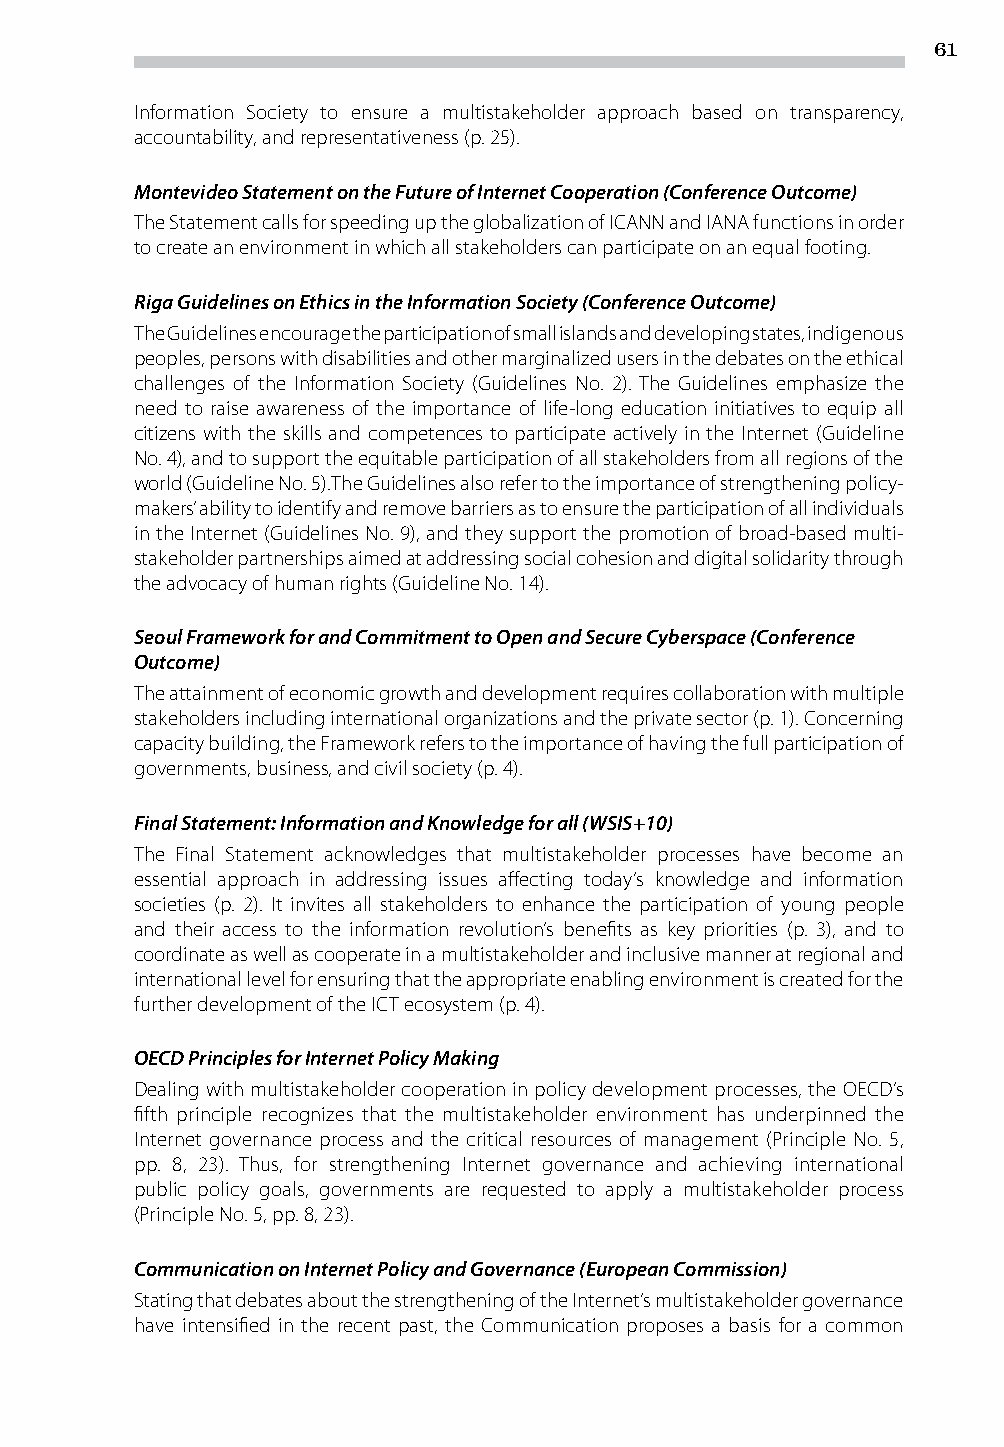
61
 Information Society to ensure a multistakeholder approach based on transparency,
 accountability, and representativeness (p. 25).
 Montevideo Statement on the Future of Internet Cooperation (Conference Outcome)
 The Statement calls for speeding up the globalization of ICANN and IANA functions in order
 to create an environment in which all stakeholders can participate on an equal footing.
 Riga Guidelines on Ethics in the Information Society (Conference Outcome)
 The Guidelines encourage the participation of small islands and developing states, indigenous
 peoples, persons with disabilities and other marginalized users in the debates on the ethical
 challenges of the Information Society (Guidelines No. 2). The Guidelines emphasize the
 need to raise awareness of the importance of life-long education initiatives to equip all
 citizens with the skills and competences to participate actively in the Internet (Guideline
 No. 4), and to support the equitable participation of all stakeholders from all regions of the
 world (Guideline No. 5).The Guidelines also refer to the importance of strengthening policy-
 makers’ ability to identify and remove barriers as to ensure the participation of all individuals
 in the Internet (Guidelines No. 9), and they support the promotion of broad-based multi-
 stakeholder partnerships aimed at addressing social cohesion and digital solidarity through
 the advocacy of human rights (Guideline No. 14).
 Seoul Framework for and Commitment to Open and Secure Cyberspace (Conference
 Outcome)
 The attainment of economic growth and development requires collaboration with multiple
 stakeholders including international organizations and the private sector (p. 1). Concerning
 capacity building, the Framework refers to the importance of having the full participation of
 governments, business, and civil society (p. 4).
 Final Statement: Information and Knowledge for all (WSIS+10)
 The Final Statement acknowledges that multistakeholder processes have become an
 essential approach in addressing issues affecting today’s knowledge and information
 societies (p. 2). It invites all stakeholders to enhance the participation of young people
 and their access to the information revolution’s benefits as key priorities (p. 3), and to
 coordinate as well as cooperate in a multistakeholder and inclusive manner at regional and
 international level for ensuring that the appropriate enabling environment is created for the
 further development of the ICT ecosystem (p. 4).
 OECD Principles for Internet Policy Making
 Dealing with multistakeholder cooperation in policy development processes, the OECD’s
 fifth principle recognizes that the multistakeholder environment has underpinned the
 Internet governance process and the critical resources of management (Principle No. 5,
 pp. 8, 23). Thus, for strengthening Internet governance and achieving international
 public policy goals, governments are requested to apply a multistakeholder process
 (Principle No. 5, pp. 8, 23).
 Communication on Internet Policy and Governance (European Commission)
 Stating that debates about the strengthening of the Internet’s multistakeholder governance
 have intensified in the recent past, the Communication proposes a basis for a common